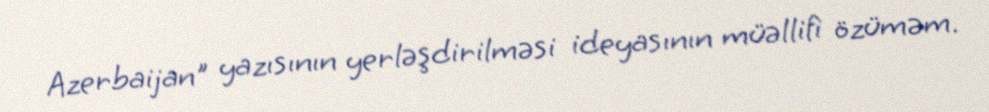
Azerbaijan" yazısının yerləşdirilməsi ideyasının müəllifi özüməm.